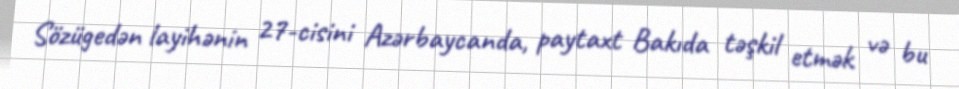
Sözügedən layihənin 27-cisini Azərbaycanda, paytaxt Bakıda təşkil etmək və bu